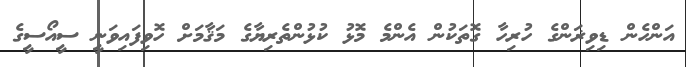
އަންހެން ޑިވިޜަންގެ ހުރިހާ ގޮތަކުން އެންމެ މޮޅު ކުޅުންތެރިޔާގެ މަޤާމަށް ހޮވިފައިވަނީ ސީއޯސީގެ